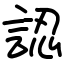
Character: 認